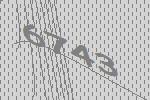
6743